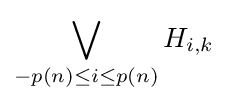
\bigvee _{-p(n)\leq i\leq p(n)}H_{i,k}